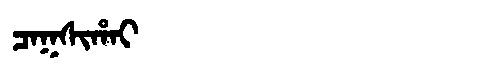
Manchu: ᠴᠠᡴᠰᡳᡥᠠᡳ
Romanization: CAKSIHAI